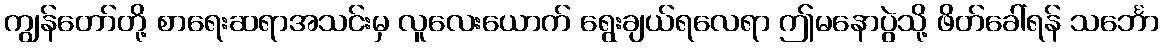
ကျွန်တော်တို့ စာရေးဆရာအသင်းမှ လူလေးယောက် ရွေးချယ်ရလေရာ ဤမနောပွဲသို့ ဖိတ်ခေါ်ရန် သင်္ဘော